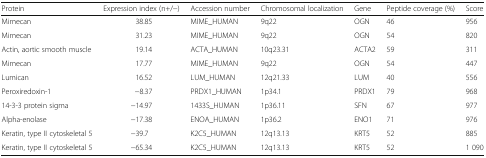
| Protein | Expression index (n+/−) | Accession number | Chromosomal localization | Gene | Peptide coverage (%) | Score |
 | --- | --- | --- | --- | --- | --- | --- |
 | Mimecan | 38.85 | MIME_HUMAN | 9q22 | OGN | 46 | 956 |
 | Mimecan | 31.23 | MIME_HUMAN | 9q22 | OGN | 54 | 820 |
 | Actin, aortic smooth muscle | 19.14 | ACTA_HUMAN | 10q23.31 | ACTA2 | 59 | 311 |
 | Mimecan | 17.77 | MIME_HUMAN | 9q22 | OGN | 54 | 447 |
 | Lumican | 16.52 | LUM_HUMAN | 12q21.33 | LUM | 40 | 556 |
 | Peroxiredoxin-1 | −8.37 | PRDX1_HUMAN | 1p34.1 | PRDX1 | 79 | 968 |
 | 14-3-3 protein sigma | −14.97 | 1433S_HUMAN | 1p36.11 | SFN | 67 | 977 |
 | Alpha-enolase | −17.38 | ENOA_HUMAN | 1p36.2 | ENO1 | 71 | 976 |
 | Keratin, type II cytoskeletal 5 | −39.7 | K2C5_HUMAN | 12q13.13 | KRT5 | 52 | 885 |
 | Keratin, type II cytoskeletal 5 | −65.34 | K2C5_HUMAN | 12q13.13 | KRT5 | 52 | 1 090 |